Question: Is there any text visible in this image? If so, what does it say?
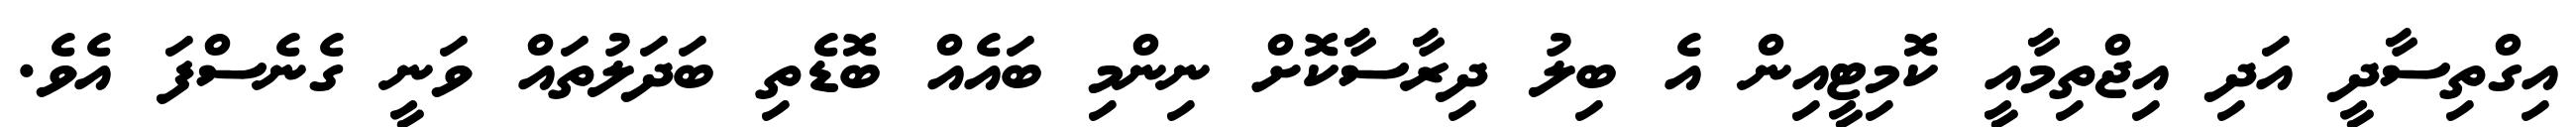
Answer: އިގްތިސާދީ އަދި އިޖްތިމާއީ ކޮމިޓީއިން އެ ބިލު ދިރާސާކޮށް ނިންމި ބައެއް ބޮޑެތި ބަދަލުތައް ވަނީ ގެނެސްފަ އެވެ.